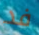
فد